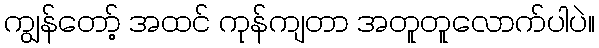
ကျွန်တော့် အထင် ကုန်ကျတာ အတူတူလောက်ပါပဲ။